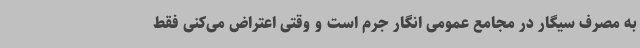
به مصرف سیگار در مجامع عمومی انگار جرم است و وقتی اعتراض می‌کنی فقط